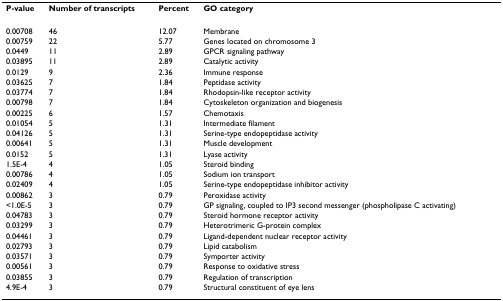
| P-value | Number of transcripts | Percent | GO category |
 | --- | --- | --- | --- |
 | 0.00708 | 46 | 12.07 | Membrane |
 | 0.00759 | 22 | 5.77 | Genes located on chromosome 3 |
 | 0.0449 | 11 | 2.89 | GPCR signaling pathway |
 | 0.03895 | 11 | 2.89 | Catalytic activity |
 | 0.0129 | 9 | 2.36 | Immune response |
 | 0.03625 | 7 | 1.84 | Peptidase activity |
 | 0.03774 | 7 | 1.84 | Rhodopsin-like receptor activity |
 | 0.00798 | 7 | 1.84 | Cytoskeleton organization and biogenesis |
 | 0.00225 | 6 | 1.57 | Chemotaxis |
 | 0.01054 | 5 | 1.31 | Intermediate filament |
 | 0.04126 | 5 | 1.31 | Serine-type endopeptidase activity |
 | 0.00641 | 5 | 1.31 | Muscle development |
 | 0.0152 | 5 | 1.31 | Lyase activity |
 | 1.5E-4 | 4 | 1.05 | Steroid binding |
 | 0.00786 | 4 | 1.05 | Sodium ion transport |
 | 0.02409 | 4 | 1.05 | Serine-type endopeptidase inhibitor activity |
 | 0.00862 | 3 | 0.79 | Peroxidase activity |
 | <1.0E-5 | 3 | 0.79 | GP signaling, coupled to IP3 second messenger (phospholipase C activating) |
 | 0.04783 | 3 | 0.79 | Steroid hormone receptor activity |
 | 0.03299 | 3 | 0.79 | Heterotrimeric G-protein complex |
 | 0.04461 | 3 | 0.79 | Ligand-dependent nuclear receptor activity |
 | 0.02793 | 3 | 0.79 | Lipid catabolism |
 | 0.03571 | 3 | 0.79 | Symporter activity |
 | 0.00561 | 3 | 0.79 | Response to oxidative stress |
 | 0.03855 | 3 | 0.79 | Regulation of transcription |
 | 4.9E-4 | 3 | 0.79 | Structural constituent of eye lens |